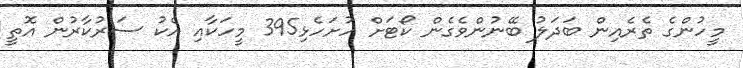
މީހުންގެ ތެރެއިން ބަދަލު ބޭނުންވެގެން ކޯޓަށް ހުށަހެޅި395 މީހަކާއި އެކު ސަރުކާރުން އޮތީ